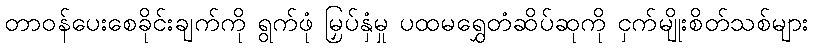
တာဝန်ပေးစေခိုင်းချက်ကို ရွက်ဖုံ မြှပ်နှံမှု ပထမရွှေတံဆိပ်ဆုကို ငှက်မျိုးစိတ်သစ်များ